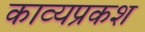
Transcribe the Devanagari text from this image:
काव्यप्रकश